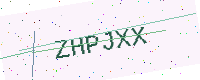
Text: ZHPJXX